King Institute of Preventive Medicine Micro-Biological Section reports 1909-11
Year: 1909
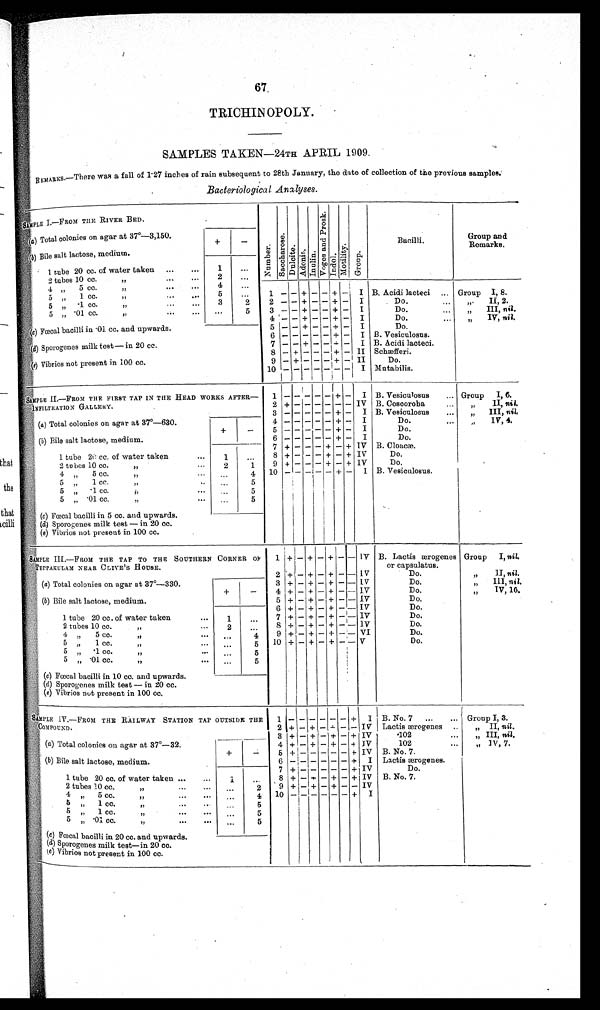
67
TRICHINOPOLY.
SAMPLES TAKEN —24TH APRIL 1909.
REMARKS.—There was a fall of 1·27 inches of rain subsequent to 28th January, the date of collection of the previous samples.
Bacteriological Analyses.
SAMPLE I. —FROM THE RIVER BED.
Nu mb e r . S a c c h a r o s e . Du l i t e . Ad o n i n . I n u l i n e . V o g e s a n d P r o s k . I ndol . Mo t i l i t y y .
Gr oup.
Bacilli.
Group and
Remarks.
(a) Total colonies on agar at 37°—
3,150.
+
—
( b )Bi l e s a l t l a c t o s e , me d i u m.
1 tube 20 cc. of water taken ... ... 1 ...
2 t u b e s 1 0 c c .
. . .
. . . 2 ...
4
,,
5 cc.
,,
... ... 4 ...
5
, ,
1 c c .
. . .
. . . 5 ... 1 — — + — — + — I B. Acidi lacteci ... Group I, 8.
5
,, ·1 cc.
,, ... ...
3
2 2 — — + — — + — I
Do. ... „. II, 2.
5
,, · 01 cc.
... ...
...
5 3 — — + — — + — I
Do. ...
, , I I I ,n
i l
.
4
— — + — — + — I
Do. ... ,, IV, nil.
(c) Fœcal baci l l i i n · 01. cc. and upwards.
5 - - + -
—
+ — I
Do.
6
— — — — —
+ — I B. Vesiculosus.
(d) Sporogenes milk test—in 20 cc.
7
—
— + —
—
+ — I B. Acidi lacteci.
8
—
+ — — — + — II Schæfferi.
(e) Vibrios not present in 100 cc.
9
—
+ — — — + — II
Do.
1 0
— — — — — — —
I Mutabilis.
S A M P L E
II.—
FROM THE FIRST TAP IN THE HEAD WORKS AFTER—
I N F I L T R A T I O N G A L L E R Y .
1
— — — — —
+ — I B. Vesiculosus ... Gr o u p I , 6 .
2 +
— —— — — — —
IV B. Coscoroba ... „ II, nil.
3
— — — — —
+ — I B. Vesiculosus ... „ III, nil,
(a ) Total colonies on agar at 37°—
630.
4 — — — — — + — I
Do. ... ,, IV, 4.
+
—
5
— — — — —
+ — I
Do.
(b) Bile salt lactose, medium.
6
— — — — —
+ — I
Do.
7 +
—
— — — + — + IV B. Cloacæ.
1 tube 20 cc. of water taken. . . . 1
. . . 8 + — — — + — + IV
Do.
2 tubes 10 cc.
, ,
. . .
2
1 9 + — — — + — + IV
Do.
4
, ,
5 c c .
. . .
. . . 4 10 — — — — — + — I B. Vesiculosus.
5 ,, 1 cc.
, ,
. . . . . .
5
5 „
· 1 c c .
, ,
. . . ...
5
5 „
· 0 1 c c .
, ,
. . . . . .
5
(c) Fœcal bacilli in 5 cc. and upwards.
(d) Sporogenes milk test — in 20 cc.
(e) Vibrios not present in 100 cc.
SAMPLE III.—FROM THE TAP TO THE SOUTHERN CORNER O
R TEPPAKULAM NEAR CLIVE'S HOUSE.
1 + — + — + — — IV B. Lactis ærogenes
or capsulatus.
Group I, n i l .
2 +
—
+ — +
— —
IV
Do.
„ II, nil.
(a) Total colonies on agar at 37°—
330.
3 + — + — + — — IV
Do
,, III, nil.
+
— 4 + — + — + —
—
IV
Do.
„ IV, 10.
(b) Bile salt lactose, medium.
5 + — + — + — — IV
Do.
6 + — + — + — — IV
Do.
1 tube 20 cc. of water taken
. . . 1
. . . 7 + — + — + — — IV
Do.
2 tubes 10 cc.
, ,
. . . 2
. . . 8 + — + — +
— —
IV
Do.
4 „ 5 cc.
, ,
. . . ...
4
9 + — + — + — — VI
Do.
5 „ 1 cc.
...
. . .
5 10 + — + — + — — V
Do.
5 ,, · 1 c c .
... ...
5
5
, ,
· 0 1 c c .
, ,
. . . ...
5
(c) Fœcal bacilli in 10 cc. and upwards.
(d ) Sporogenes milk test — in 20 cc.
(e ) Vibrios not present in 100 cc.
S A M P L E I V . — F R O M T H E R A I L W A Y S T A T I O N T A P O U T S I D E T H E C O M P O U N D .
1 — — — — — — + I B. No. 7 ... ... Group I, 3.
2 + — + — + — — IV Lactis ærogenes ..
II nil
,, II nil.
3 + — + — + — + IV
102 ... „ III, nil.
(a ) Total colonies on agar at 37°—
32.
4 + — + — + — + IV
102 ... ,, IV, 7.
+
— 5 +
— — — — —
+ IV B. No. 7.
(b ) Bile salt lactose, medium.
6
— — — — — —
+ I Lactis ærogenes.
7 +
— — — — —
+ IV
Do.
1 tube 20 cc. of water taken ...
. . . 1
. . . 8 + — + — + — + IV B. No. 7.
2 tubes 10 cc.
, ,
. . .
. . . ...
2 9 + — + — + — — IV
4 , ,
5 c c .
, ,
. . .
. . .
. . . 4 10
— — — — — —
+ I
5
1 cc.
,, ...
...
... 5
5
,, 1 c c
, ,
. . .
. . .
. . . 5
5
„
· 0 1 c c .
, ,
. . .
. . .
. . . 5
(c ) Fœcal bacilli in 20 cc. and upwards.
(d ) Sporogenes milk test—in 20 cc.
(e) Vi bri os not present i n 100 cc.